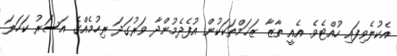
އެކުލެވިފައި ހުއްޓެވެ. އެއީ ތާޒާ ޒަޚަމްތަކަކުން އުފެދެމުންދާ ވަރުގަދަ ރިހުމެއްގެ އަސަރު ކަހަލަ